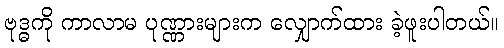
ဗုဒ္ဓကို ကာလာမ ပုဏ္ဏားများက လျှောက်ထား ခဲ့ဖူးပါတယ်။